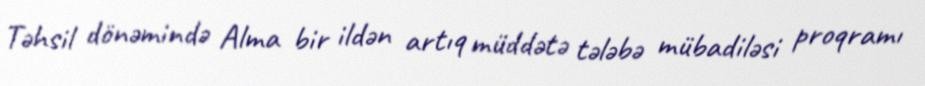
Təhsil dönəmində Alma bir ildən artıq müddətə tələbə mübadiləsi proqramı